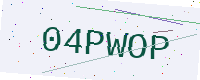
Text: 04PWOP